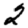
Digit: 2